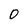
Character: 0